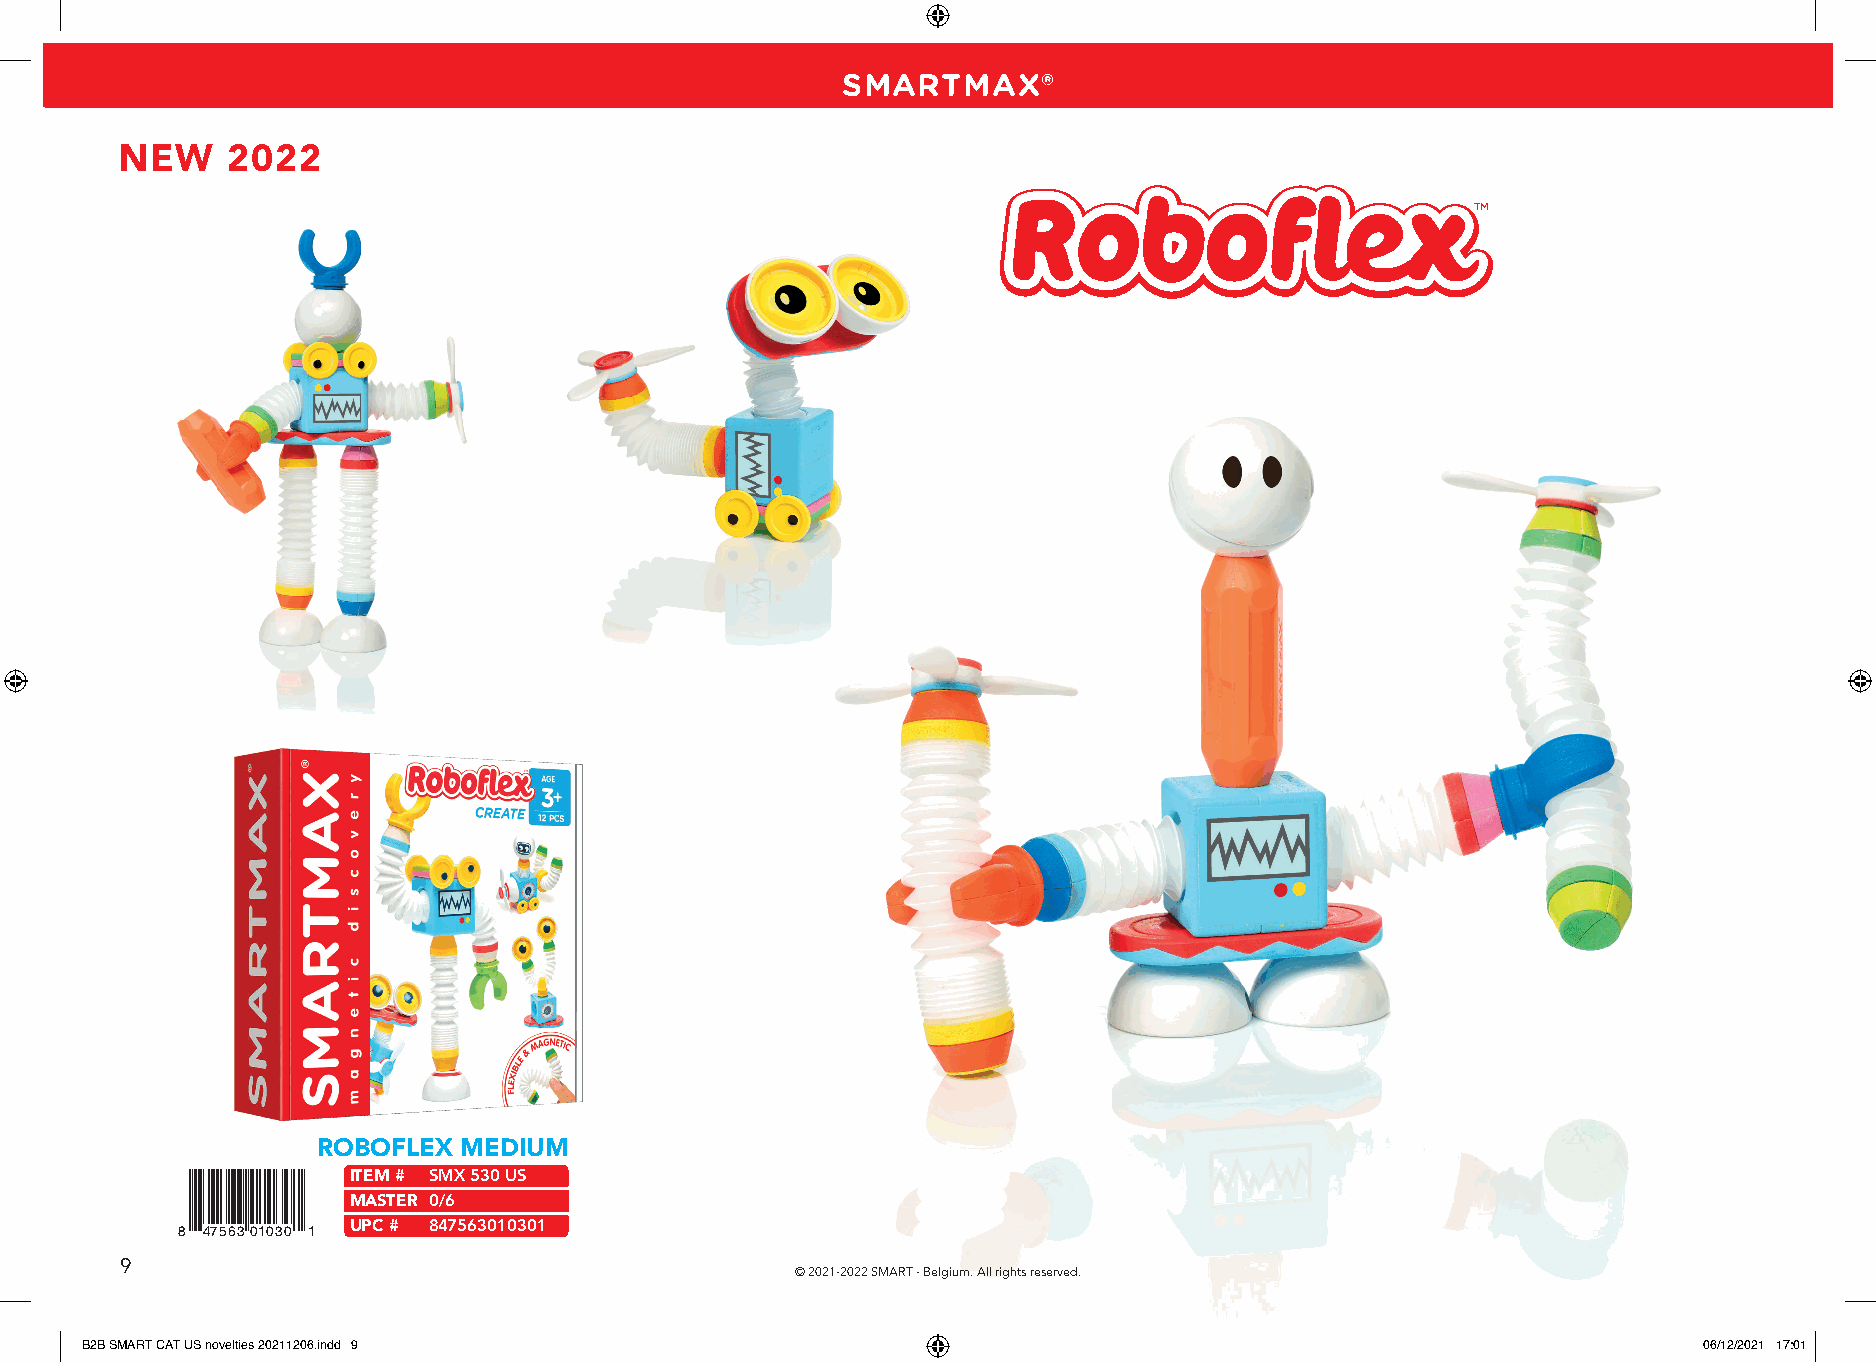
SMARTMAX®
 NEW    2022
 TM
 ROBOFLEX MEDIUM
 ITEM # SMX 530 US
 MASTER 0/6
 UPC # 847563010301
 8 4756301030 1
 9
 © 2021-2022 SMART - Belgium. All rights reserved.
 BB22BB SSMMAARRTT CCAATT UUSS nnoovveellttiieess 2200221111220066..iinndddd 99                              0066//1122//22002211 1177::0011